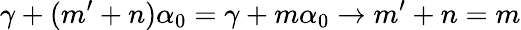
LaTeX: \gamma+(m^{\prime}+n)\alpha_{0}=\gamma+m\alpha_{0}\rightarrow m^{\prime}+n=m